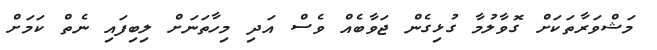
މަޝްވަރާތަކަށް ގޮވާލުމާ ގުޅިގެން ޖަވާބެއް ވެސް އަދި މިހާތަނަށް ލިބިފައި ނެތް ކަމަށް